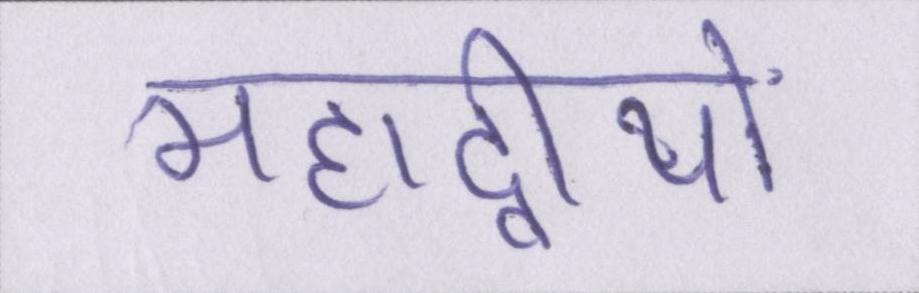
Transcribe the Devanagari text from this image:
महाद्वीपों